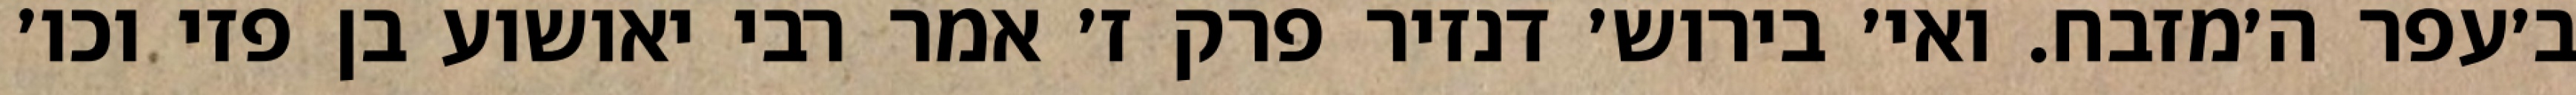
ב׳עפר ה׳מזבח. ואי׳ בירוש׳ דנזיר פרק ז׳ אמר רבי יאושוע בן פזי וכו׳